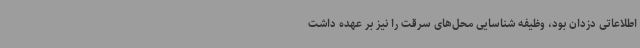
اطلاعاتی دزدان بود، وظیفه شناسایی محل‌های سرقت را نیز بر عهده داشت